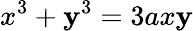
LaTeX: x^{3}+\mathbf{y}^{3}=3ax\mathbf{y}